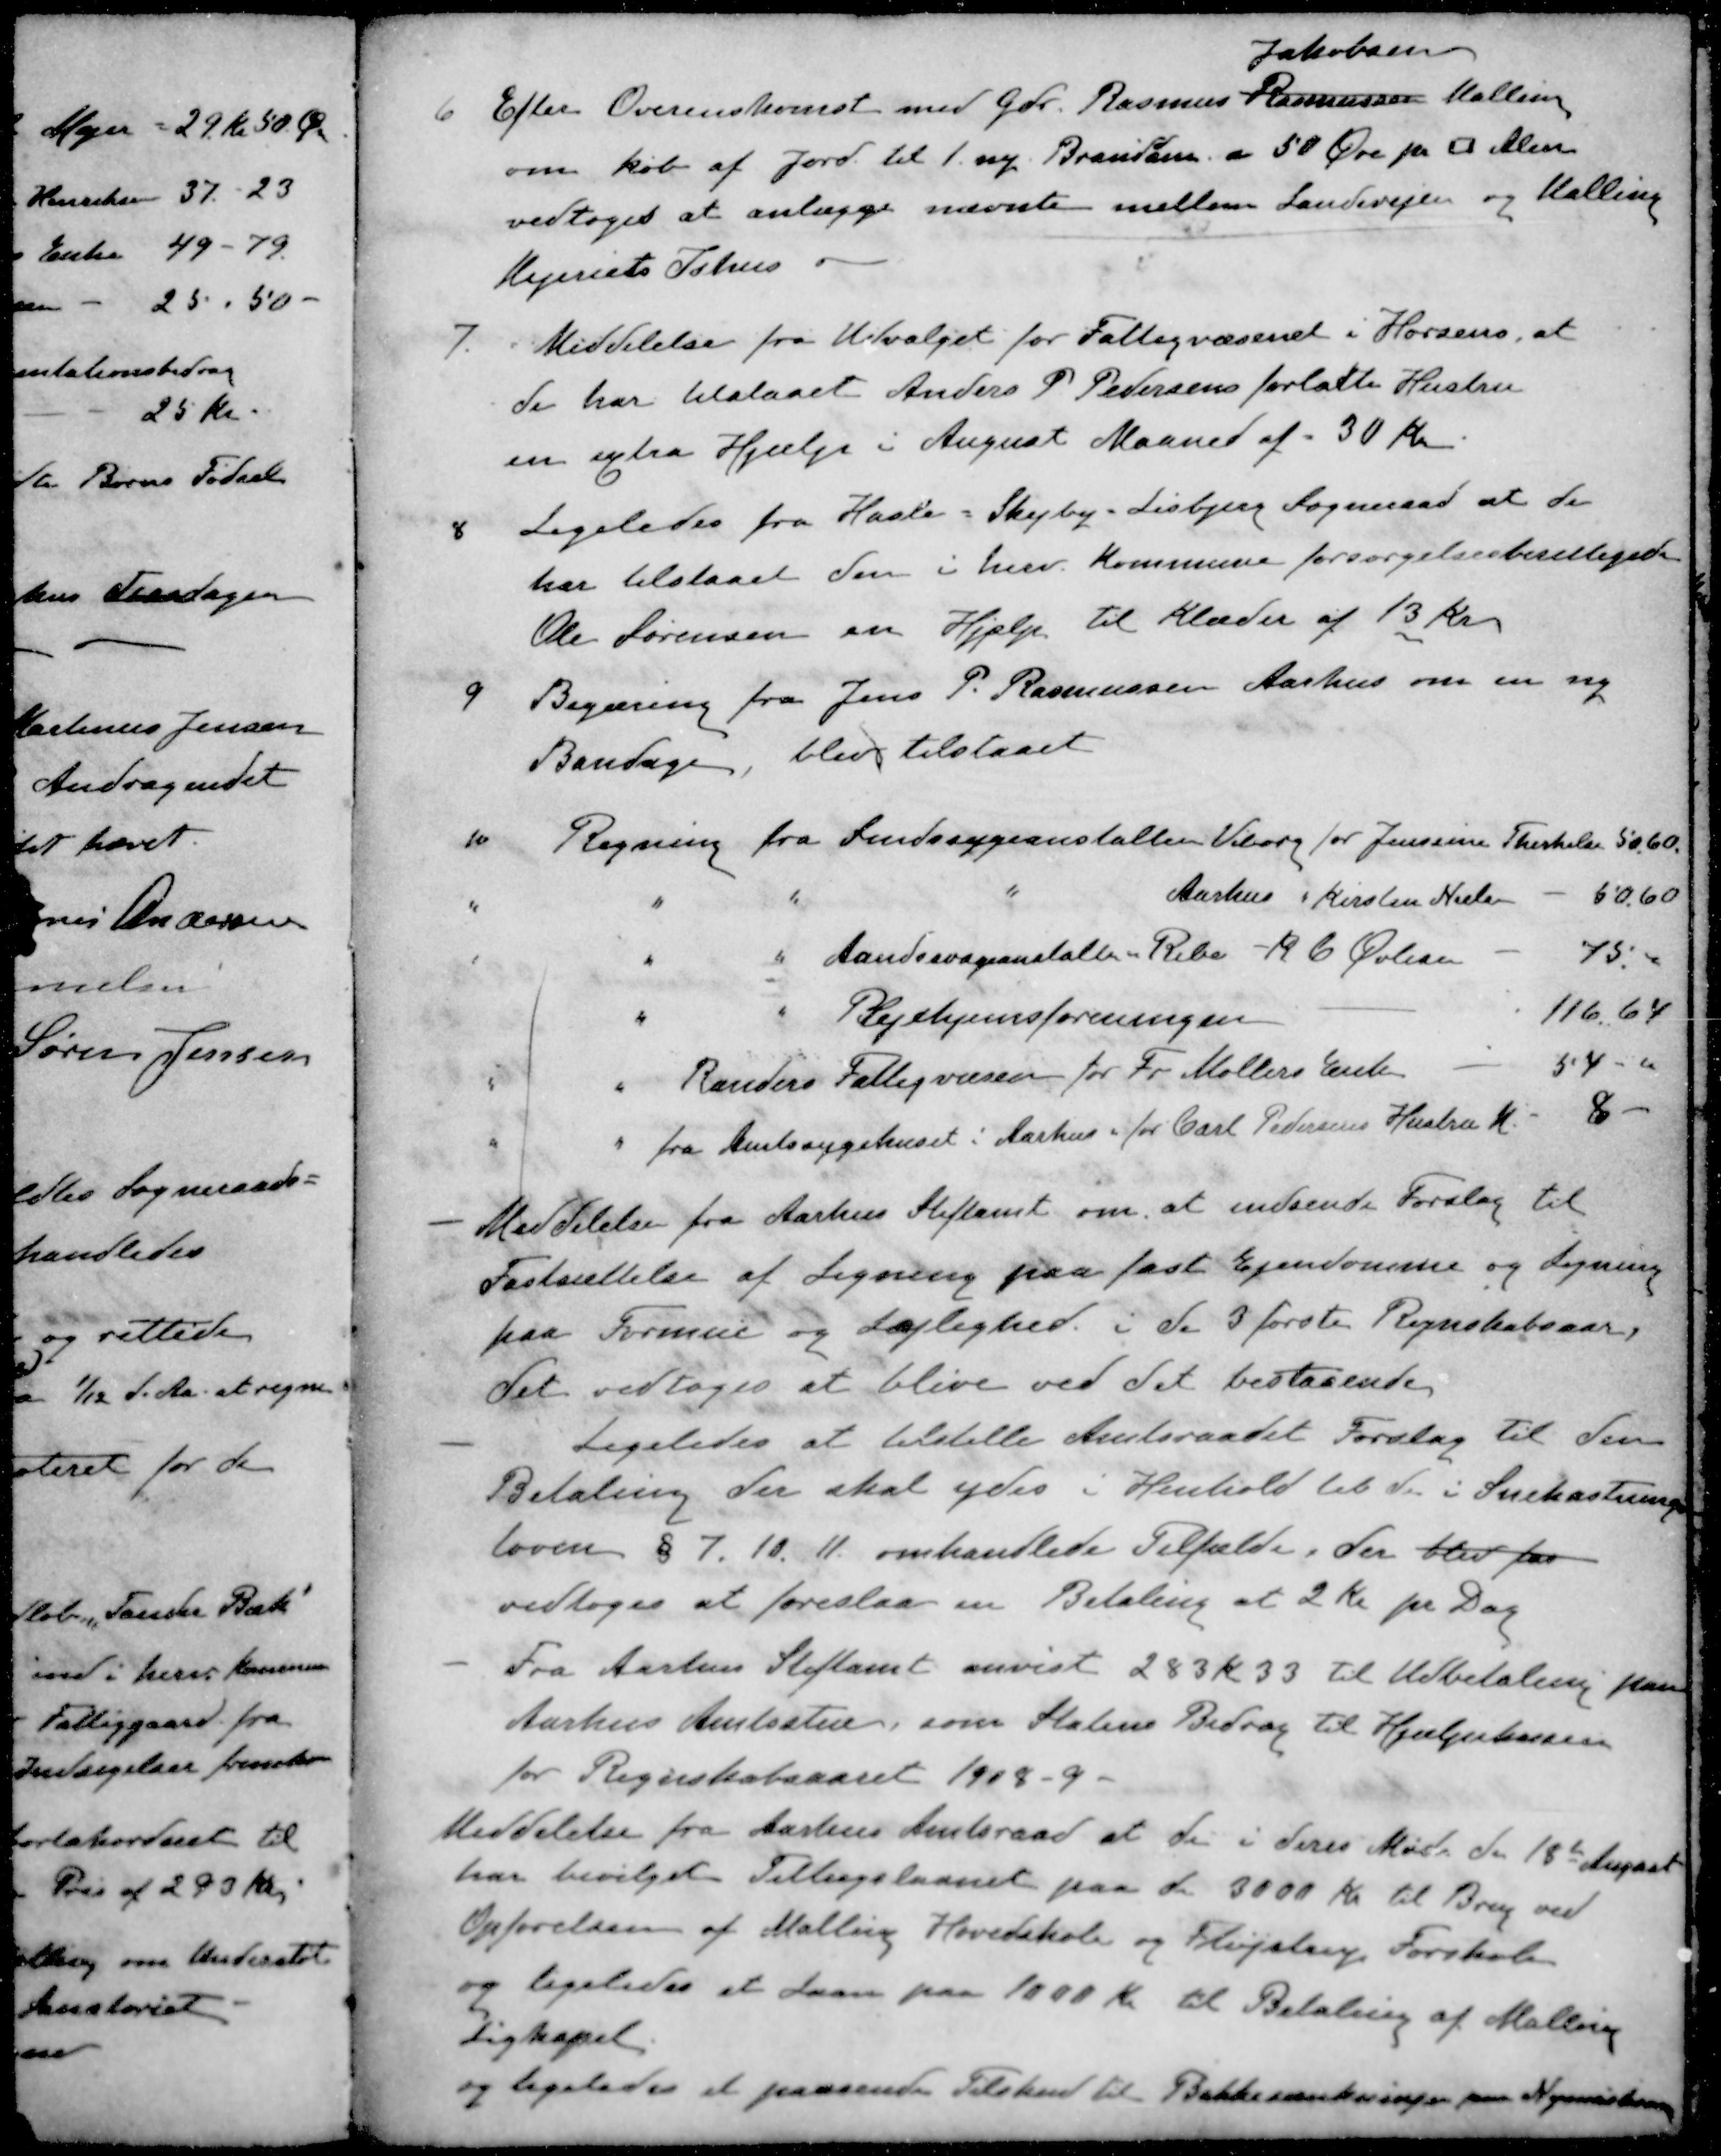
Transskription:
Jakobsen
6 Efter Overenskomst med Gdr. Rasmus Rasmussen Malling
om køb af Jord til 1 ny Branddam a 50 Øre pr □ Alen
vedtoges at anlægge nævnte mellem Landevejen og Malling
Mejeriets Ishus
7. Meddelelse fra Udvalget for Fattigvæsenet i Horsens, at
de har tilstaaet Anders P Pedersens forladte Hustru
en extra Hjælp i August Maaned af 30 Kr
8. Ligeledes fra Hasle - Skejby-Lisbjerg Sogneraad at de
har tilstaaet den i herv. Kommune forsørgelsesberettiget
Ole Sørensen en Hjælp til Klæder af 13 Kr.
9 Begæring fra Jens P. Rasmussen Aarhus om en ny
Bandage, blev tilstaaet
10 Regning fra Sindssygeanstalten Viborg for Jensine Therkelse 50.60.
" " " Aarhus " Kirsten Nielsen
60.60
" " Aandssvageanstalten i Ribe - R C Øvlisen
75
" " Pejehjemsforeningen
116.64
" " Randers Fattigvæsen for Fr. Møllers Enke
54
" fra Amtssygehuset i Aarhus for Carl Pedersens Hustru M - 8
- Meddelelse fra Aarhus Stiftamt om, at indsende Forslag til
Fastsættelse af Ligning paa fast Ejendomme og Ligning
paa Formue og Lejlighed i de 3 første Regnskabsaar
Det vedtoges at blive ved det bestaaende
- Ligeledes at tilstille Amtsraadet Forslag til den
Betaling der skal ydes i Henhold til de i Snekastnings-
loven § 7. 10. 11 omhandlede Tilfælde, der blev for
vedtoges at foreslaa en Betaling af 2 Kr pr Dag
- Fra Aarhus Stiftamt anvist 283 Kr 33 til Udbetaling paa
Aarhus Amtsstue, som Statens Bidrag til Hjælpekassen
for Regnskabsaaret 1908 - 9 -
Meddelelse fra Aarhus Amtsraad at der i deres Møde den 18de August
har bevilget Tillægslaanet paa de 3000 Kr til Brug ved
Opførelsen af Malling Hovedskole og Fløjstrup Forskole
og ligeledes et Laan paa 1000 Kr til Betaling af Malling
Ligkapel.
og ligeledes et passende Tilskud til Bakkesænkninger om Nymarksvejen